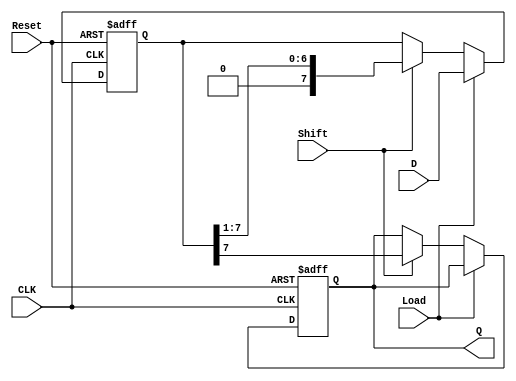
module PISO_Shift_Register #(
    parameter N = 8  // Number of bits in the register
)(
    input wire [N-1:0] D,     // Parallel data inputs
    input wire Load,          // Load control input
    input wire Shift,         // Shift control input
    input wire CLK,           // Clock input
    input wire Reset,         // Asynchronous reset input
    output reg Q              // Serial output
);

    reg [N-1:0] register;     // Internal register to hold the data

    always @(posedge CLK or posedge Reset) begin
        if (Reset) begin
            register <= {N{1'b0}}; // Clear register on reset
            Q <= 1'b0;             // Clear serial output
        end else begin
            if (Load) begin
                register <= D;     // Load parallel data into the register
            end else if (Shift) begin
                Q <= register[N-1]; // Output the MSB
                register <= {1'b0, register[N-1:1]}; // Shift right, introduce 0 at MSB
            end
        end
    end

endmodule